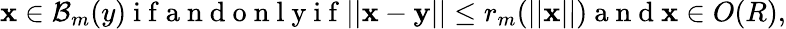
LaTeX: \mathbf x\in{\cal B}_{m}(y)\mathrm{~i~f~a~n~d~o~n~l~y~i~f~}||\mathbf x-\mathbf y||\leq r_{m}(||\mathbf x||)\mathrm{~a~n~d~}\mathbf x\in O(R),